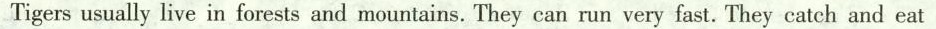
Tigersusually live in forests and mountains. They can run very fast. They catch and eat